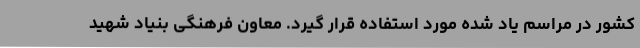
کشور در مراسم یاد شده مورد استفاده قرار گیرد. معاون فرهنگی بنیاد شهید